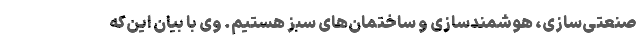
صنعتی‌سازی، هوشمندسازی و ساختمان‌های سبز هستیم. وی با بیان این‌که